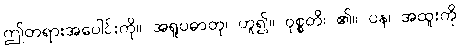
ဤတရားအပေါင်းကို။ အရူပဓာတု၊ ဟူ၍။ ဝုစ္စတိ၊ ၏။ ပန၊ အထူးကို